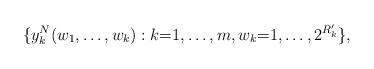
LaTeX: \begin{align*}\{ y_k^N(w_1,\ldots,w_k): k{=}1,\ldots,m, w_k{=}1,\ldots,2^{R'_k}\},\end{align*}